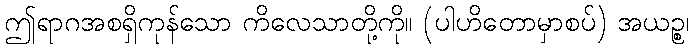
ဤရာဂအစရှိကုန်သော ကိလေသာတို့ကို။ (ပါဟိတောမှာစပ်) အယဉ္စ၊